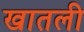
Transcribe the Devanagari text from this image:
खातली